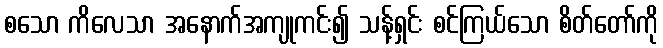
စသော ကိလေသာ အနောက်အကျုကင်း၍ သန့်ရှင်း စင်ကြယ်သော စိတ်တော်ကို